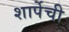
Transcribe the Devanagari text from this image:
शार्पेची